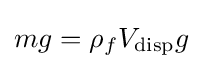
mg=\rho _{f}V_{\text{disp}}g